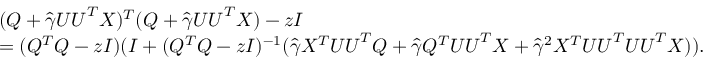
\begin{array} { r l } & { ( Q + \widehat \gamma { \boldsymbol U } { \boldsymbol U } ^ { T } X ) ^ { T } ( Q + \widehat \gamma { \boldsymbol U } { \boldsymbol U } ^ { T } X ) - z I } \\ & { = ( Q ^ { T } Q - z I ) ( I + ( Q ^ { T } Q - z I ) ^ { - 1 } ( \widehat \gamma X ^ { T } { \boldsymbol U } { \boldsymbol U } ^ { T } Q + \widehat \gamma Q ^ { T } { \boldsymbol U } { \boldsymbol U } ^ { T } X + \widehat \gamma ^ { 2 } X ^ { T } { \boldsymbol U } { \boldsymbol U } ^ { T } { \boldsymbol U } { \boldsymbol U } ^ { T } X ) ) . } \end{array}